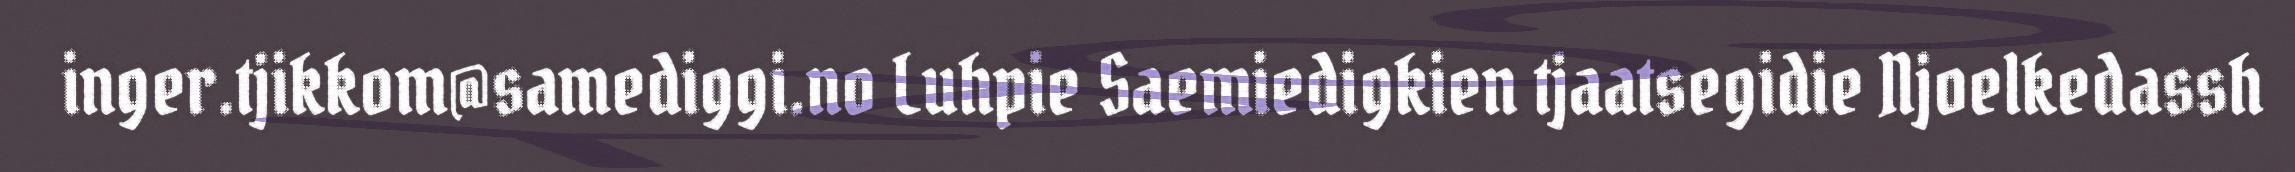
inger.tjikkom@samediggi.no Luhpie Saemiedigkien tjaatsegidie Njoelkedassh